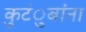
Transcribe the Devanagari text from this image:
कुटंुबांना